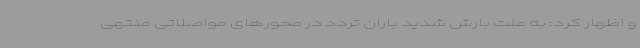
و اظهار کرد: به علت بارش شدید باران تردد در محورهای مواصلاتی منتهی